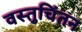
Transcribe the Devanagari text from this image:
वस्तुचिंतन